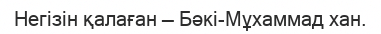
Негізін қалаған — Бәкі-Мұхаммад хан.